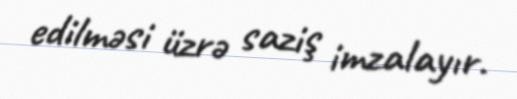
edilməsi üzrə saziş imzalayır.